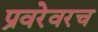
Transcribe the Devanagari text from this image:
प्रवरेवरच